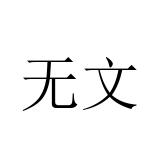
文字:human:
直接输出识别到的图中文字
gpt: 无文